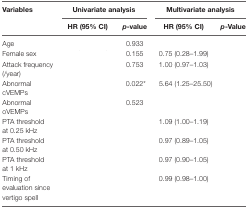
<table><thead><tr><td rowspan="2"><b>Variables</b></td><td colspan="2"><b>Univariate analysis</b></td><td colspan="2"><b>Multivariate analysis</b></td></tr><tr><td><b>HR (95% CI)</b></td><td><b><i>p</i>-value</b></td><td><b>HR (95% CI)</b></td><td><b><i>p</i>-Value</b></td></tr></thead><tbody><tr><td>Age</td><td>[EMPTY_CELL]</td><td>0.933</td><td>[EMPTY_CELL]</td><td>[EMPTY_CELL]</td></tr><tr><td>Female sex</td><td>[EMPTY_CELL]</td><td>0.155</td><td>0.75 (0.28–1.99)</td><td>[EMPTY_CELL]</td></tr><tr><td>Attack frequency(/year)</td><td>[EMPTY_CELL]</td><td>0.753</td><td>1.00 (0.97–1.03)</td><td>[EMPTY_CELL]</td></tr><tr><td>Abnormal cVEMPs</td><td>[EMPTY_CELL]</td><td>0.022*</td><td>5.64 (1.25–25.50)</td><td>[EMPTY_CELL]</td></tr><tr><td>Abnormal oVEMPs</td><td>[EMPTY_CELL]</td><td>0.523</td><td>[EMPTY_CELL]</td><td>[EMPTY_CELL]</td></tr><tr><td>PTA threshold at 0.25 kHz</td><td>[EMPTY_CELL]</td><td>[EMPTY_CELL]</td><td>1.09 (1.00–1.19)</td><td>[EMPTY_CELL]</td></tr><tr><td>PTA threshold at 0.50 kHz</td><td>[EMPTY_CELL]</td><td>[EMPTY_CELL]</td><td>0.97 (0.89–1.05)</td><td>[EMPTY_CELL]</td></tr><tr><td>PTA threshold at 1 kHz</td><td>[EMPTY_CELL]</td><td>[EMPTY_CELL]</td><td>0.97 (0.90–1.05)</td><td>[EMPTY_CELL]</td></tr><tr><td>Timing of evaluation since vertigo spell</td><td>[EMPTY_CELL]</td><td>[EMPTY_CELL]</td><td>0.99 (0.98–1.00)</td><td>[EMPTY_CELL]</td></tr></tbody></table>